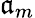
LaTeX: \mathfrak{a}_{m}